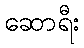
ဆောရီး